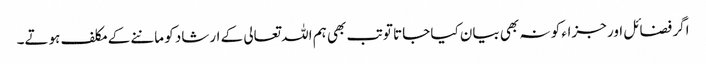
اگر فضائل اور جزاء کو نہ بھی بیان کیا جاتا تو تب بھی ہم اللہ تعالی کے ارشاد کو ماننے کے مکلف ہوتے۔